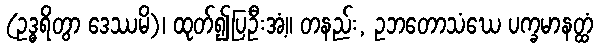
(ဥဒ္ဓရိတွာ ဒေဿမိ)၊ ထုတ်၍ပြဦးအံ့။ တနည်း, ဥဘတောသံဃေ ပက္ခမာနတ္ထံ